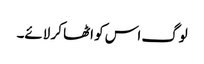
لوگ اس کو اٹھا کر لائے۔